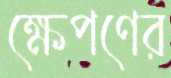
ক্ষেপণের